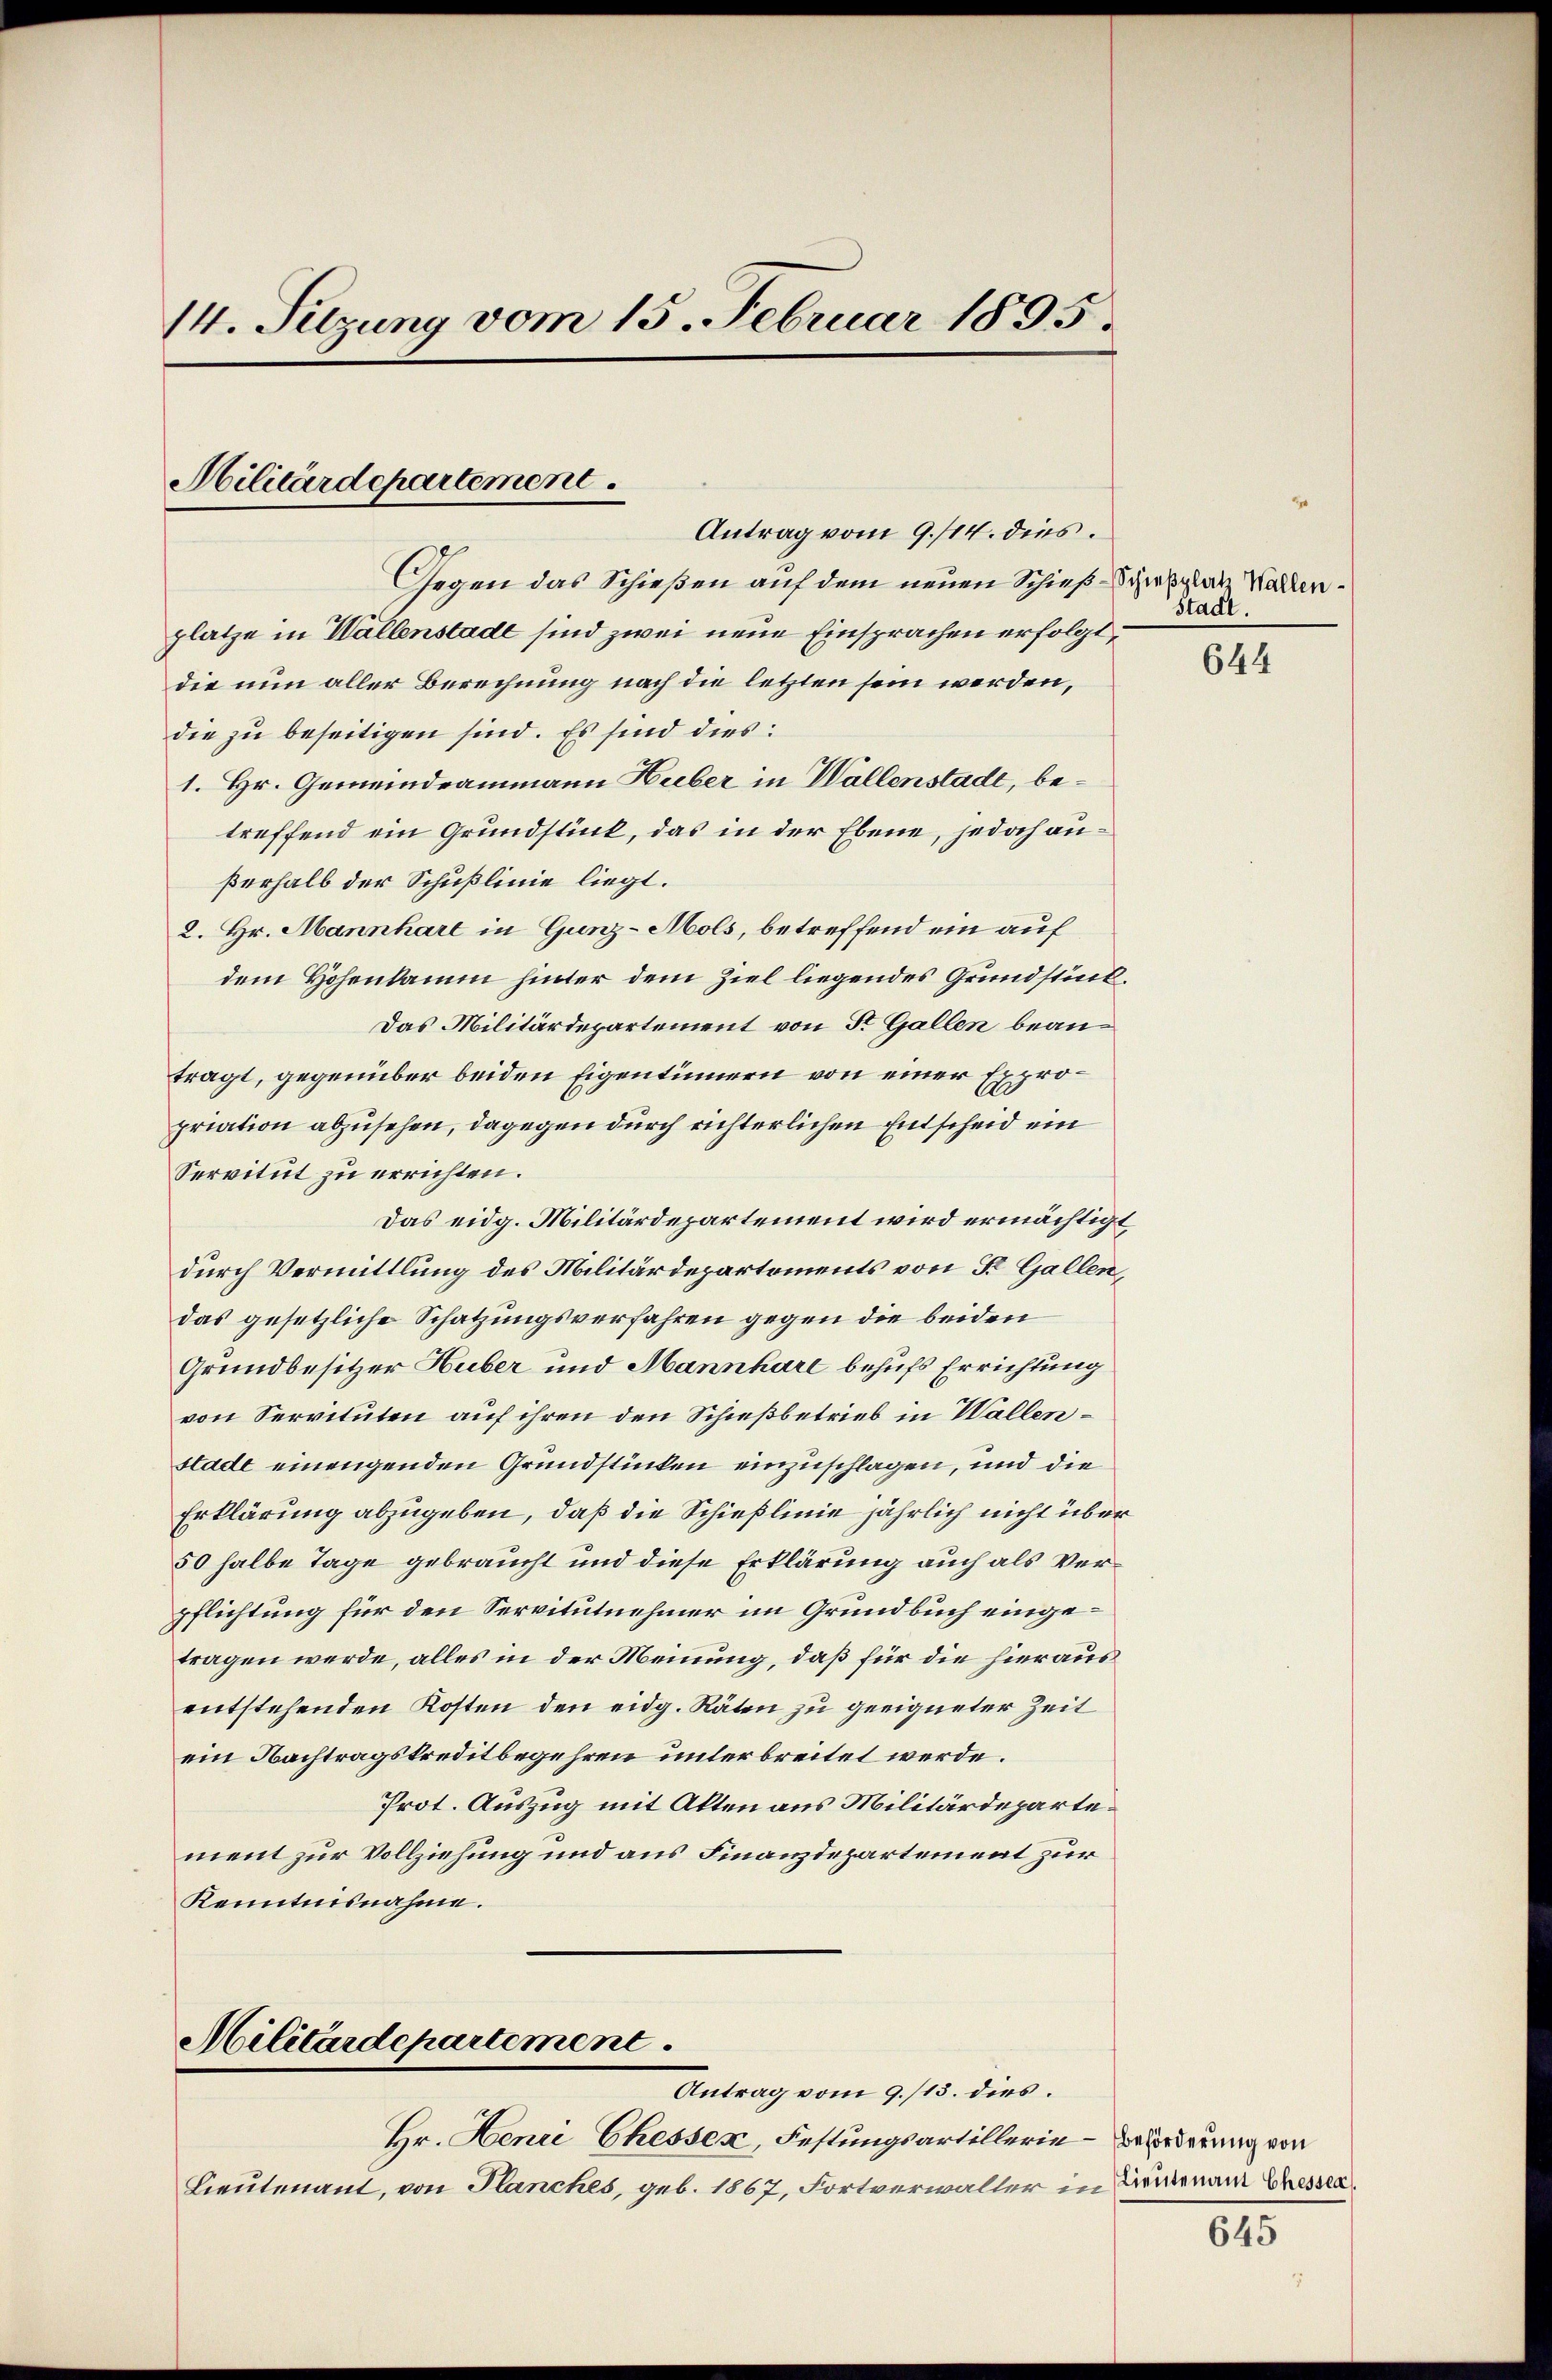
14. Sitzung vom 15. Februar 1895.

Gegen das Schießen auf dem neuen Schieß-Schießplatz Wallenplatze in Wallenstade sind zwei neue Einsprachen erfolgt,
die nun aller Berechnung nach die letzten sein werden,
die zu beseitigen sind. Es sind dies:
1. Hr. Gemeindrammann Huber in Wallenstade, betreffend ein Grundstück, das in der Ebene, jedoch anßerhalb der Schußlinie liegt.
2. Hr. Mannhart in Gunz-Mols, betreffend ein auf
dem Hohenkamm hinter dem Ziel liegendes Grundstück.
Das Militärdepartement von St. Gallen beantragt, gegenüber beiden Eigentümern von einer Expropriation abzusehen, dagegen durch richterlichen Entscheid ein
Servitut zu errichten.
Das eidg. Militärdepartement wird ermächtigt,
durch Vermittlung des Militärdepartements von St. Gallen,
das gesetzliche Schatzungsverfahren gegen die beiden
Grundbesitzer Huber und Mannhart behufs Errichtung
von Servituten auf ihren den Schießbetrieb in Wallenstadt einengenden Grundstücken einzuschlagen, und die
Erklärung abzugeben, daß die Schießlinie jährlich nicht über
50 halbe Tage gebraucht und diese Erklärung auch als Verpflichtung für den Servitutnehmer im Grundbuch eingetragen werde, alles in der Meinung, daß für die hieraus
entstehenden Kosten den eidg. Räten zu geeigneter Zeit
ein Nachtragskreditbegehren unterbreitet werde.
Prot. Auszug mit Alten aus Militärdeparte.
ment zur Vollziehung und aus Finanzdepartement zur
Kenntnisnahme.

Hilitärdepartement
Antrag vom 9./14. dies

Militärdepartement
Antrag vom 9./13. dies

Hr. Henri Chessex, Festungsartillerin Beförderung von
Lieutenant, von Planches, geb. 1867, Fortverwalter in Weisenam Chassa

Stadt.

644

645